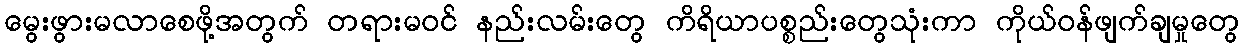
မွေးဖွားမလာစေဖို့အတွက် တရားမဝင် နည်းလမ်းတွေ ကိရိယာပစ္စည်းတွေသုံးကာ ကိုယ်ဝန်ဖျက်ချမှုတွေ